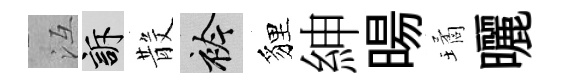
冱訴𣪚衿貍紳暘璚曬